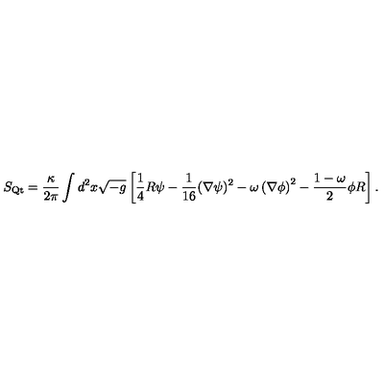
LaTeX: S _ { \mathrm { Q t } } = \frac { \kappa } { 2 \pi } \int d ^ { 2 } x \/ \sqrt { - g } \left[ \frac 1 4 R \psi - \frac { 1 } { 1 6 } ( \nabla \psi ) ^ { 2 } - \omega \left( \nabla \phi \right) ^ { 2 } - \frac { 1 - \omega } { 2 } \phi R \right] .